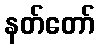
နတ်တော်